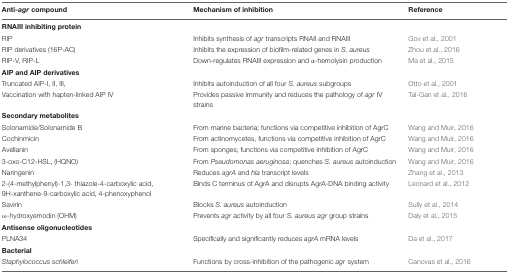
<table><thead><tr><td><b>Anti-<i>agr</i> compound</b></td><td><b>Mechanism of inhibition</b></td><td><b>Reference</b></td></tr></thead><tbody><tr><td><b>RNAIII inhibiting protein</b></td><td></td><td></td></tr><tr><td>RIP</td><td>Inhibits synthesis of <i>agr</i> transcripts RNAII and RNAIII</td><td>Gov et al., 2001</td></tr><tr><td>RIP derivatives (16P-AC)</td><td>Inhibits the expression of biofilm-related genes in <i>S. aureus</i></td><td>Zhou et al., 2016</td></tr><tr><td>RIP-V, RIP-L</td><td>Down-regulates RNAIII expression and α-hemolysin production</td><td>Ma et al., 2015</td></tr><tr><td><b>AIP and AIP derivatives</b></td><td></td><td></td></tr><tr><td>Truncated AIP-I, II, III,</td><td>Inhibits autoinduction of all four <i>S. aureus</i> subgroups</td><td>Otto et al., 2001</td></tr><tr><td>Vaccination with hapten-linked AIP IV</td><td>Provides passive immunity and reduces the pathology of <i>agr</i> IV strains</td><td>Tal-Gan et al., 2016</td></tr><tr><td><b>Secondary metabolites</b></td><td></td><td></td></tr><tr><td>Solonamide/Solonamide B</td><td>From marine bacteria; functions via competitive inhibition of AgrC</td><td>Wang and Muir, 2016</td></tr><tr><td>Cochinmicin</td><td>From actinomycetes, functions via competitive inhibition of AgrC</td><td>Wang and Muir, 2016</td></tr><tr><td>Avellanin</td><td>From sponges; functions via competitive inhibition of AgrC</td><td>Wang and Muir, 2016</td></tr><tr><td>3-oxo-C12-HSL, (HQNO)</td><td>From <i>Pseudomonas aeruginosa</i>; quenches <i>S. aureus</i> autoinduction</td><td>Wang and Muir, 2016</td></tr><tr><td>Naringenin</td><td>Reduces <i>agrA</i> and <i>hla</i> transcript levels</td><td>Zhang et al., 2013</td></tr><tr><td>2-(4-methylphenyl)-1,3- thiazole-4-carboxylic acid, 9H-xanthene-9-carboxylic acid, 4-phenoxyphenol</td><td>Binds C terminus of AgrA and disrupts AgrA-DNA binding activity</td><td>Leonard et al., 2012</td></tr><tr><td>Savirin</td><td>Blocks <i>S. aureus</i> autoinduction</td><td>Sully et al., 2014</td></tr><tr><td>ω-hydroxyemodin (OHM)</td><td>Prevents <i>agr</i> activity by all four <i>S. aureus agr</i> group strains</td><td>Daly et al., 2015</td></tr><tr><td><b>Antisense oligonucleotides</b></td><td></td><td></td></tr><tr><td>PLNA34</td><td>Specifically and significantly reduces <i>agrA</i> mRNA levels</td><td>Da et al., 2017</td></tr><tr><td><b>Bacterial</b></td><td></td><td></td></tr><tr><td><i>Staphylococcus schleiferi</i></td><td>Functions by cross-inhibition of the pathogenic <i>agr</i> system</td><td>Canovas et al., 2016</td></tr></tbody></table>